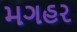
મગહર